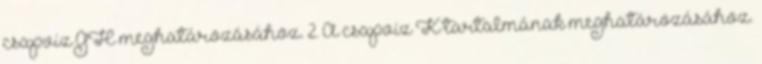
csapvíz GH meghatározásához. 2. A csapvíz K tartalmának meghatározásához.